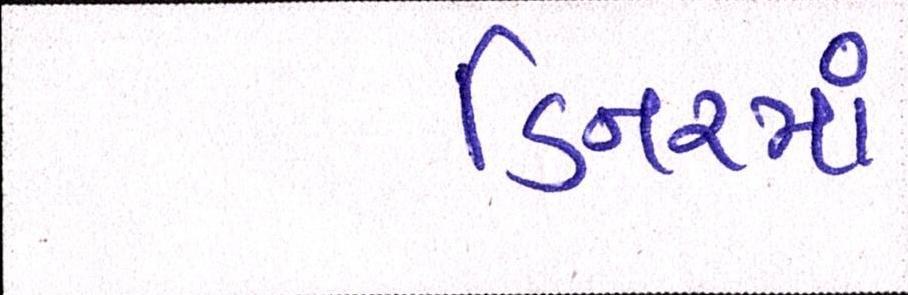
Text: ડિનરમાં